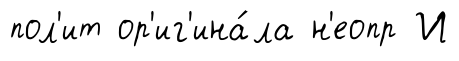
пол'ит ор'иг'ина́ла н'еопр И